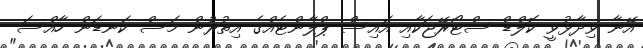
އޭނާ ވިދާޅުވީ ކޮލްޑް ސްޓޯރޭޖަކާއި އައިސް ޕްލާންޓެއްގެ އިތުރުން މަސް ކަނޑަން ހާއްސަ